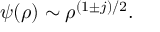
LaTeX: \psi ( \rho ) \sim \rho ^ { ( 1 \pm j ) / 2 } .